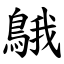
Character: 䳘